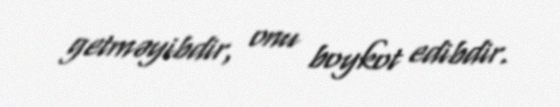
getməyibdir, onu boykot edibdir.